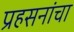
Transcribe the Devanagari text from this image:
प्रहसनांचा